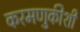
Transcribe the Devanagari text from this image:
करमणुकीशी